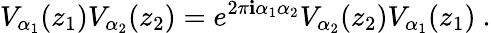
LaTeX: V_{\alpha_{1}}(z_{1})V_{\alpha_{2}}(z_{2})=e^{2\pi\mathbf{i}\alpha_{1}\alpha_{2}}V_{\alpha_{2}}(z_{2})V_{\alpha_{1}}(z_{1})~.